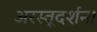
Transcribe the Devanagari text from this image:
अरस्तूदर्शन।